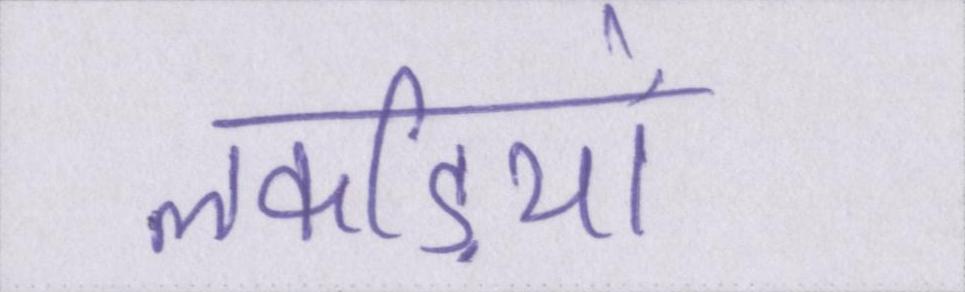
लकड़ियों